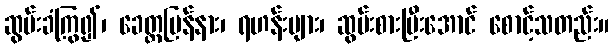
ဆွမ်းခံကြွ၍၊ ခေတ္တပြန်နား၊ ရဟန်းများ၊ ဆွမ်းစားပြီးအောင် စောင့်သတည်း။